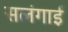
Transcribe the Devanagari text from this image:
सलंगाई